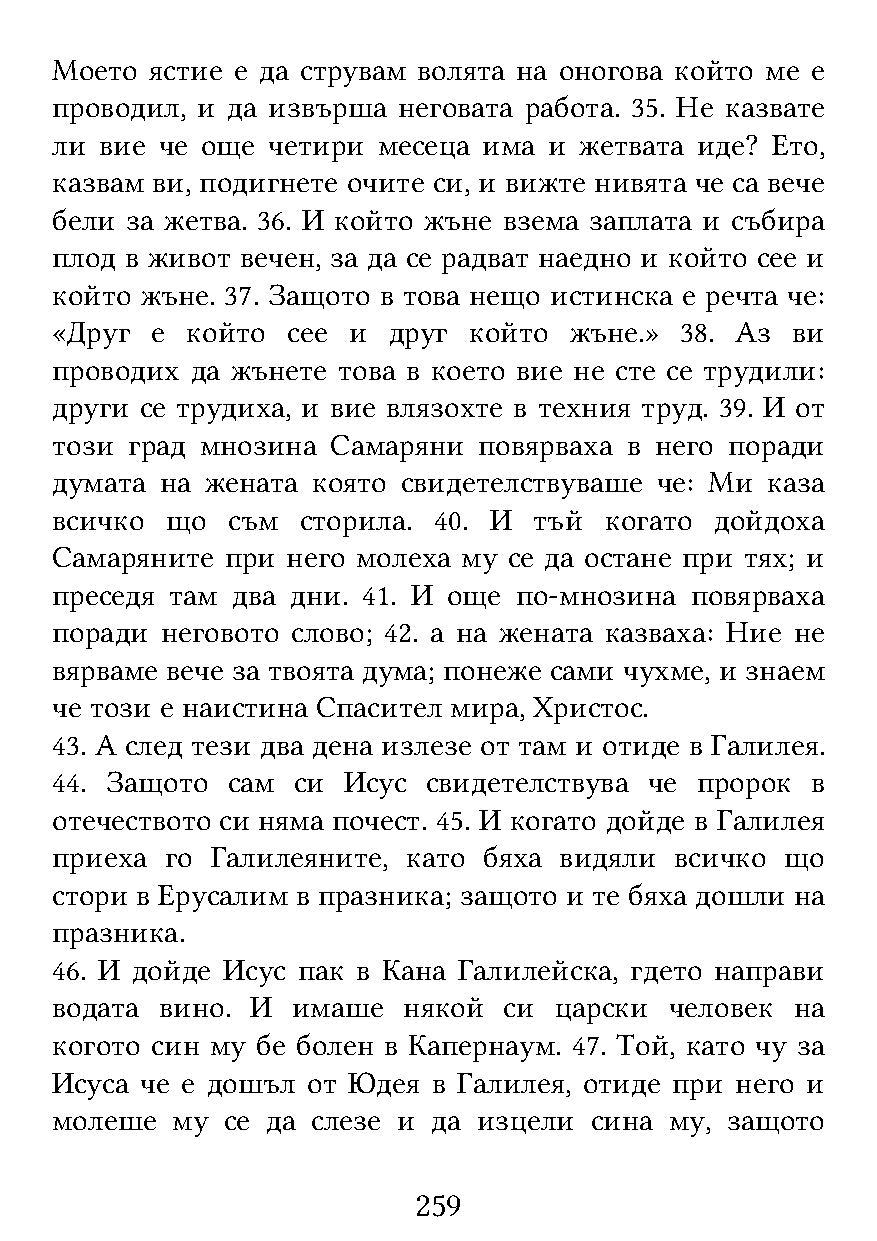
Моето  ястие е да струвам волята на оногова който ме е
 проводил, и да извърша неговата работа. 35. Не казвате
 ли  вие че още четири месеца има и жетвата иде? Ето,
 казвам ви, подигнете очите си, и вижте нивята че са вече
 бели за жетва. 36. И който жъне взема заплата и събира
 плод в живот вечен, за да се радват наедно и който сее и
 който жъне. 37. Защото в това нещо истинска е речта че:
 «Друг  е който  сее и  друг който  жъне.» 38. Аз ви
 проводих  да жънете това в което вие не сте се трудили:
 други се трудиха, и вие влязохте в техния труд. 39. И от
 този град мнозина  Самаряни  повярваха в него поради
 думата  на жената която свидетелствуваше че: Ми каза
 всичко  що  съм  сторила. 40. И тъй  когато дойдоха
 Самаряните  при него молеха му се да остане при тях; и
 преседя там два дни. 41. И още по-мнозина  повярваха
 поради  неговото слово; 42. а на жената казваха: Ние не
 вярваме вече за твоята дума; понеже сами чухме, и знаем
 че този е наистина Спасител мира, Христос.
 43. А след тези два дена излезе от там и отиде в Галилея.
 44. Защото  сам си  Исус свидетелствува че пророк  в
 отечеството си няма почест. 45. И когато дойде в Галилея
 приеха  го Галилеяните, като бяха видяли  всичко що
 стори в Ерусалим в празника; защото и те бяха дошли на
 празника.
 46. И дойде Исус пак в Кана Галилейска, гдето направи
 водата  вино. И имаше   някой си  царски человек  на
 когото син му бе болен в Капернаум. 47. Той, като чу за
 Исуса че е дошъл от Юдея  в Галилея, отиде при него и
 молеше  му  се да слезе и да изцели сина му, защото
 259